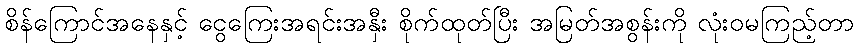
စိန်ကြောင်အနေနှင့် ငွေကြေးအရင်းအနှီး စိုက်ထုတ်ပြီး အမြတ်အစွန်းကို လုံးဝမကြည့်တာ